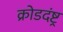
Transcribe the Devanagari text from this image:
क्रोडदंष्ट्र